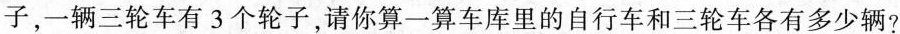
子，一辆三轮车有3个轮子，请你算一算车库里的自行车和三轮车各有多少辆?